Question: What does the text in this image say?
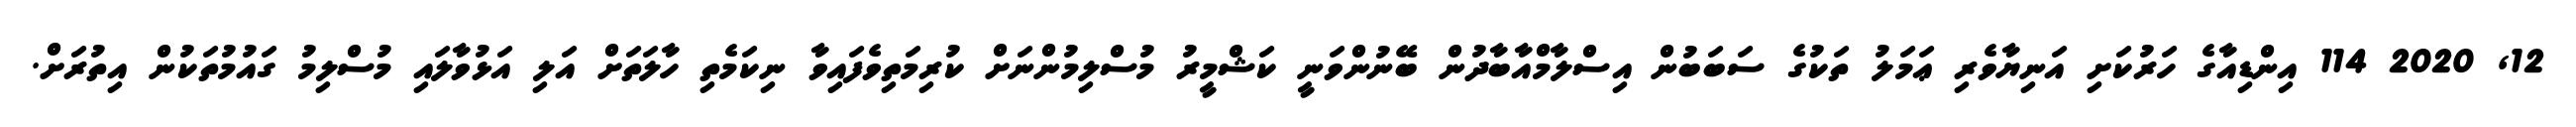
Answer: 12, 2020 114 އިންޑިއާގެ ހަރުކަށި އަނިޔާވެރި ޢަމަލު ތަކުގެ ސަބަބުން އިސްލާމްއާބާދުން ބޭނުންވަނީ ކަޝްމީރު މުސްލިމުންނަށް ކުރިމަތިވެފައިވާ ނިކަމެތި ހާލަތަށް އަލި އަޅުވާލައި މުސްލިމު ގައުމުތަކުން އިތުރަށް.